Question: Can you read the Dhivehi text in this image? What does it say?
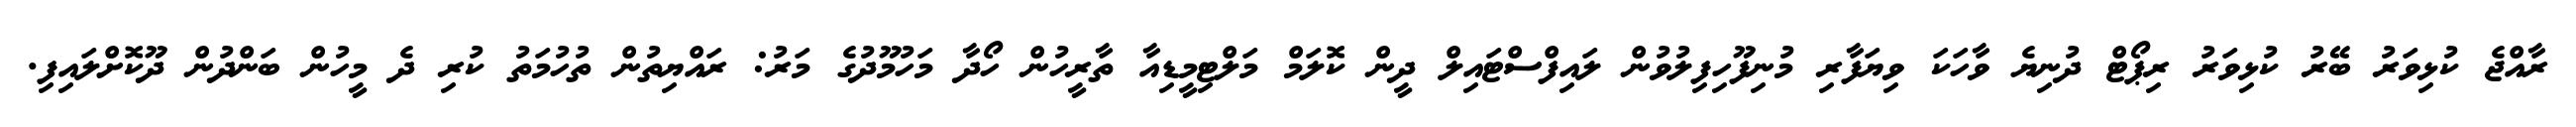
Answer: ރާއްޖެ ކުޅިވަރު ބޭރު ކުޅިވަރު ރިޕޯޓް ދުނިޔެ ވާހަކަ ވިޔަފާރި މުނިފޫހިފިލުވުން ލައިފްސްޓައިލް ދީން ކޮލަމް މަލްޓިމީޑިއާ ތާރީހުން ހޯދާ މަހުމޫދުގެ މަރު: ރައްޔިތުން ތުހުމަތު ކުރި ދެ މީހުން ބަންދުން ދޫކޮށްލައިފި.